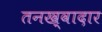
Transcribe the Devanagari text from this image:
तनख़्वादार